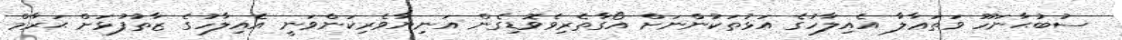
ސުބުޙާނަހޫ ވަތަޢާލާ އެއިލާހުގެ އަޅުތަކުންނަށް އޯގާތެރިވެވޮޑިގެން އަނިޔާވެރިކަންވަނީ އެއިލާހުގެ ޒާތުފުޅަށް ޙަރާމް